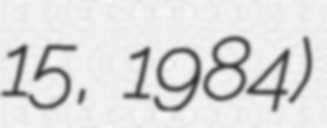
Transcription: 15, 1984)